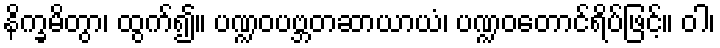
နိက္ခမိတွာ၊ ထွက်၍။ ပဏ္ဍဝပဗ္ဘတဆာယာယံ၊ ပဏ္ဍဝတောင်ရိပ်ဖြင့်။ ဝါ၊